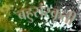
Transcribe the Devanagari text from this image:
बहुसंस्कृती